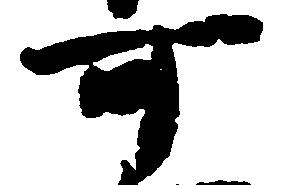
可